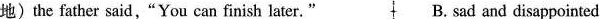
地)the father said,"You can finish later." B. sad and disappointed